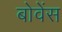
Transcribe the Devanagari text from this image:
बोवेंस